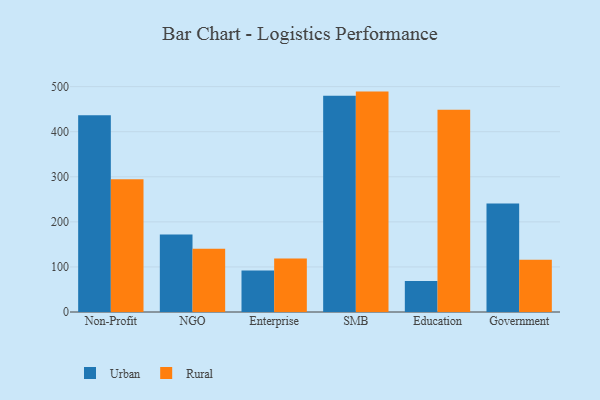
{"axis": {"x": "Segment", "y": "Backlog"}, "legend": ["Rural", "Urban"], "data": [{"x": "Non-Profit", "y": 436.8, "type": "Urban"}, {"x": "Non-Profit", "y": 294.3, "type": "Rural"}, {"x": "NGO", "y": 172.2, "type": "Urban"}, {"x": "NGO", "y": 140.6, "type": "Rural"}, {"x": "Enterprise", "y": 91.9, "type": "Urban"}, {"x": "Enterprise", "y": 118.6, "type": "Rural"}, {"x": "SMB", "y": 479.7, "type": "Urban"}, {"x": "SMB", "y": 489.0, "type": "Rural"}, {"x": "Education", "y": 69.0, "type": "Urban"}, {"x": "Education", "y": 448.7, "type": "Rural"}, {"x": "Government", "y": 240.9, "type": "Urban"}, {"x": "Government", "y": 115.8, "type": "Rural"}]}